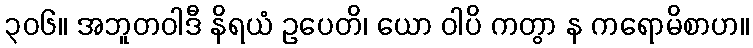
၃၀၆။ အဘူတဝါဒီ နိရယံ ဥပေတိ၊ ယော ဝါပိ ကတွာ န ကရောမိစာဟ။